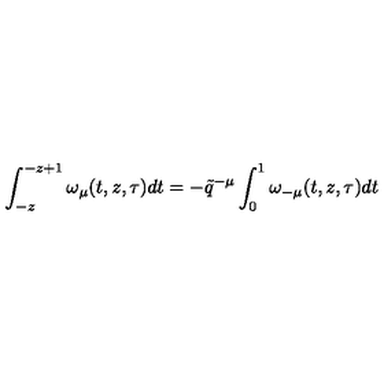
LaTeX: \int _ { - z } ^ { - z + 1 } \omega _ { \mu } ( t , z , \tau ) d t = - \tilde { q } ^ { - \mu } \int _ { 0 } ^ { 1 } \omega _ { - \mu } ( t , z , \tau ) d t